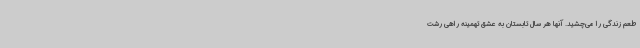
طعم زندگی را می‌چشید. آنها هر سال تابستان به عشق تهمینه راهی رشت